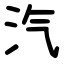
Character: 汽